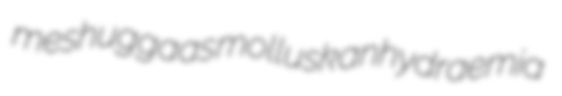
meshuggaas mollusk anhydraemia